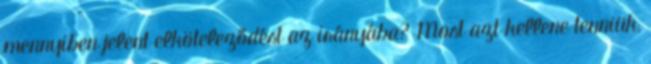
mennyiben jelent elköteleződést az irányába? Most azt kellene tenniük,